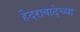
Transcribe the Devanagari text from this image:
हैदराबादेच्या